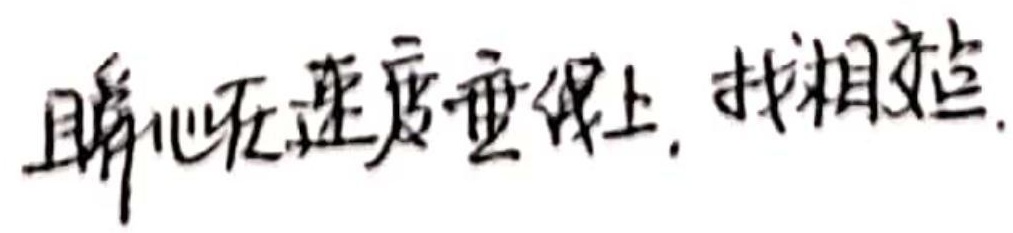
瞬心在速度垂线上，找相交点.